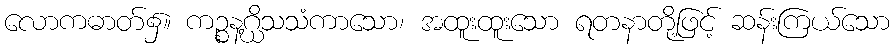
လောကဓာတ်၌။ ကဉ္စနဂ္ဃိသသံကာသော၊ အထူးထူးသော ရတနာတို့ဖြင့် ဆန်းကြယ်သော